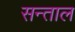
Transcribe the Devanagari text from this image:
सन्ताल